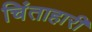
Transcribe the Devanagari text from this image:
चिंताहारी